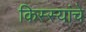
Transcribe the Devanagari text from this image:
किस्स्यांचे